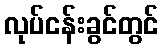
လုပ်ငန်းခွင်တွင်